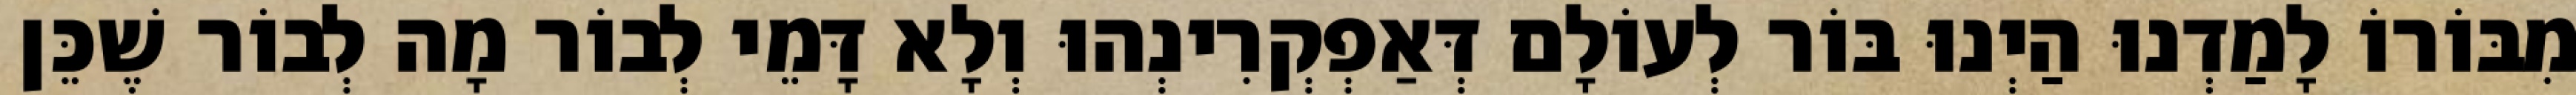
מִבּוֹרוֹ לָמַדְנוּ הַיְנוּ בּוֹר לְעוֹלָם דְּאַפְקְרִינְהוּ וְלָא דָּמֵי לְבוֹר מָה לְבוֹר שֶׁכֵּן